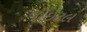
વાઇટલ